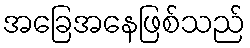
အခြေအနေဖြစ်သည်